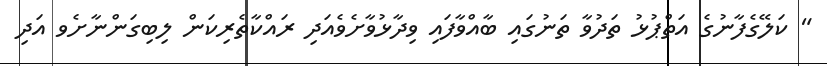
" ކަލޭގެފާނުގެ އަތްޕުޅު ތަދުވާ ތަނުގައި ބާއްވާފައި ވިދާޅުވާށެވެއަދި ރައްކާތެރިކަން ލިބިގަންނާށެވ އަދި